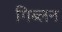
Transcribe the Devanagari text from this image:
गिब्लन